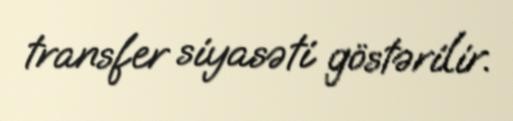
transfer siyasəti göstərilir.